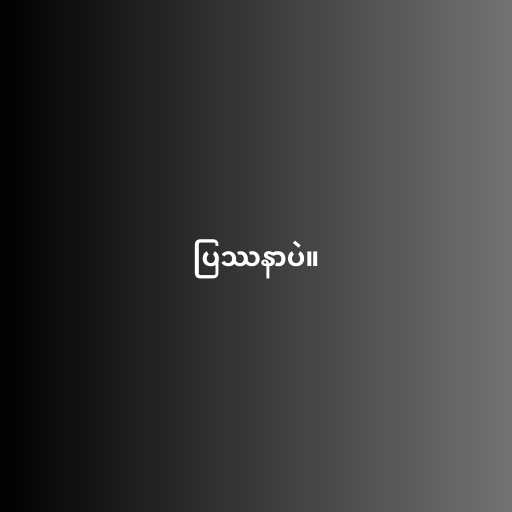
ပြဿနာပဲ။